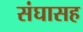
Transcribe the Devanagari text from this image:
संघासह